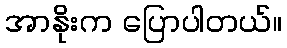
အာနိုးက ပြောပါတယ်။